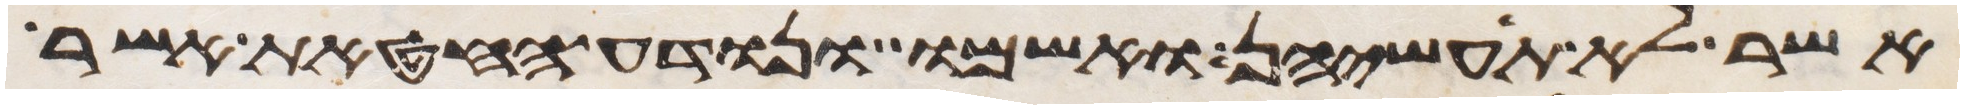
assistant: אשר לא תעשיהן ואשמו ונודע החטאת אשר